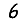
Digit: 6